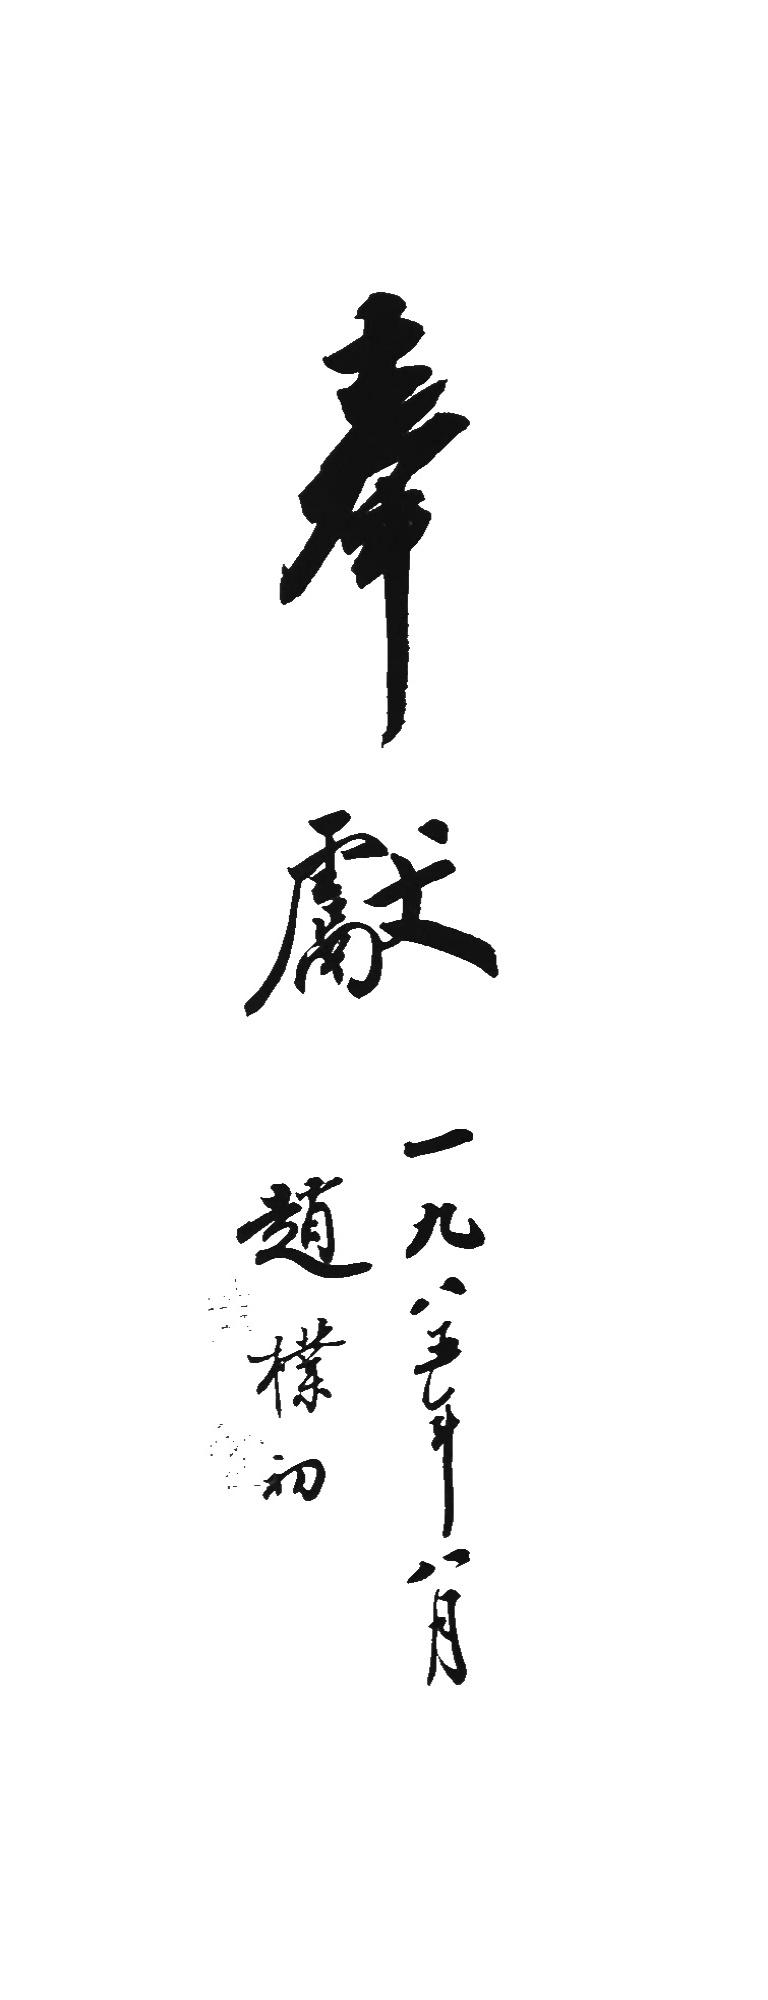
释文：奉献一九八五年八月赵朴初